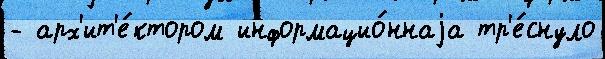
- арх'ит'е́ктором информацио́ннаjа тр'е́снуло